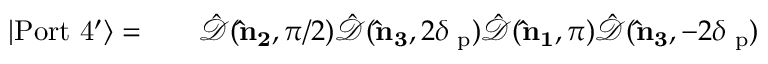
\begin{array} { r l r } { | \mathrm { P o r t \ 4 ^ { \prime } } \rangle = } & { { } } & { \hat { \mathcal { D } } ( { \bf \hat { n } _ { 2 } } , \pi / 2 ) \hat { \mathcal { D } } ( { \bf \hat { n } _ { 3 } } , 2 \delta { \it \Psi } _ { \mathrm { p } } ) \hat { \mathcal { D } } ( { \bf \hat { n } _ { 1 } } , \pi ) \hat { \mathcal { D } } ( { \bf \hat { n } _ { 3 } } , - 2 \delta { \it \Psi } _ { \mathrm { p } } ) } \end{array}